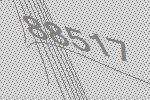
88517